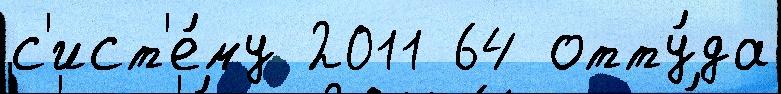
с'ист'е́му 2011 64 отту́да